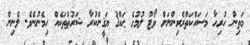
މަތިން ހުރިހާ މަސައްކަތްރެރިންނަށް ވޯޓު ލުމުގެ ޙައްޤު ޔަޤީންކުރާ ޝަރުޠުތަކެއް ހިމެނުނެވެ. ލެނިން